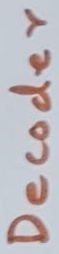
Text: Decoder